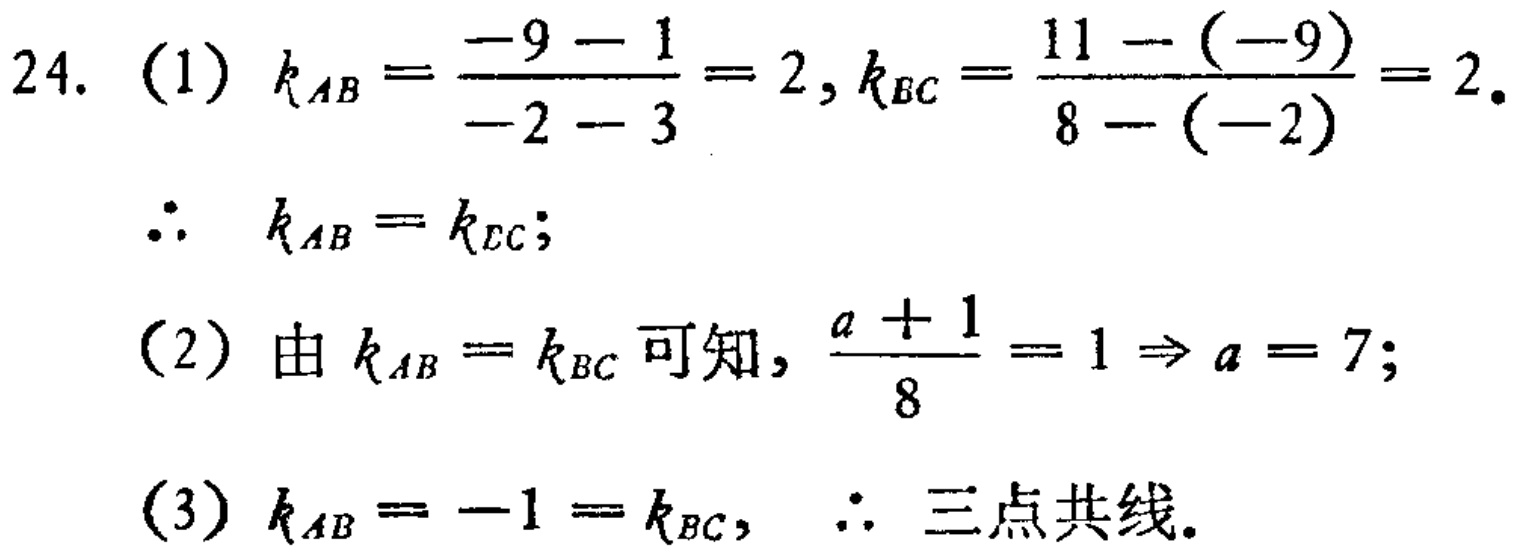
24. (1) \(k_{AB}=\frac{-9 - 1}{-2 - 3}=2,k_{BC}=\frac{11-(-9)}{8-(-2)} = 2\).
\(\therefore k_{AB}=k_{BC}\);
(2) 由\(k_{AB}=k_{BC}\)可知, \(\frac{a + 1}{8}=1\Rightarrow a = 7\);
(3) \(k_{AB}=-1=k_{BC},\therefore\) 三点共线.